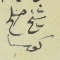
شيخ صلح كوسبا